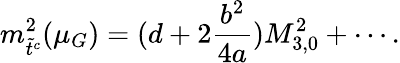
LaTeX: m_{\tilde{t}^{c}}^{2}(\mu_{G})=(d+2\frac{b^{2}}{4a})M_{3,0}^{2}+\cdots.